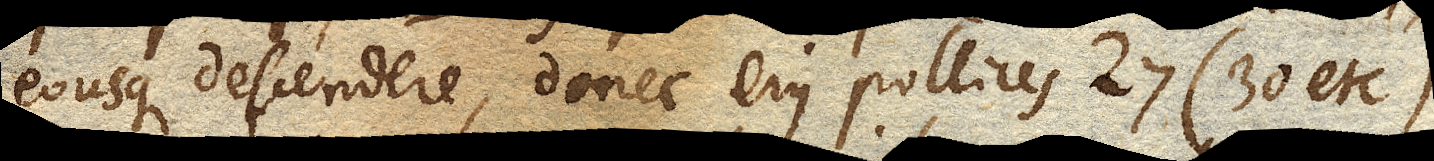
eousque descendere, donec ejus pollices 27 (30 etc.)